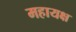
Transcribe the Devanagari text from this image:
महायक्ष